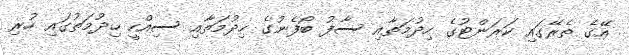
އޭގެ ތެރޭގައި ކަރަންޓުގެ ހިދުމަތާއި ސާފު ބޯފެނުގެ ހިދުމަތާއި ސިއްހީ ހިދުމަތުގައި ހުރި